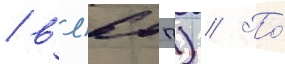
/ вл60п) // По́